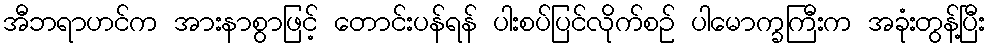
အီဘရာဟင်က အားနာစွာဖြင့် တောင်းပန်ရန် ပါးစပ်ပြင်လိုက်စဉ် ပါမောက္ခကြီးက အခုံးတွန့်ပြီး